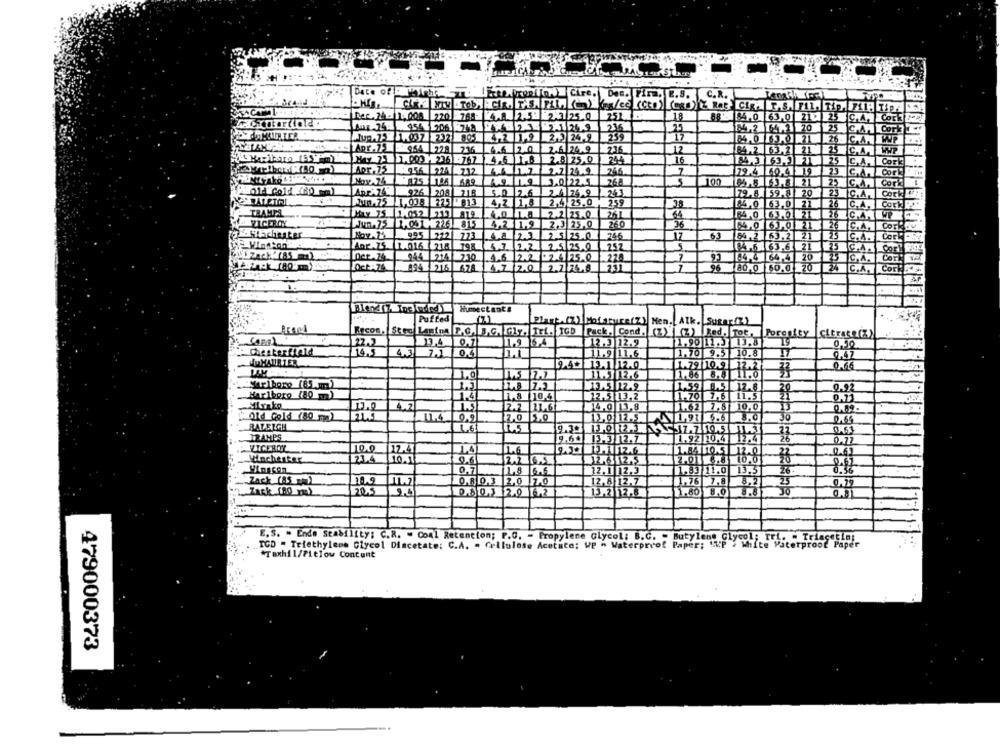
ronin Cire. Des. Fin. E.S. C.R.
Dec. 24- 11,008
220 -788-
4.8. 2.53 2-3 25.0
251
18
88 - 84.0 63.0 21
S.A. COE
95
$1.06 -742
126.9
235
UNTER
42 19
2.3 24.9
239
17
54.0 13.0 21
CAW
964 228
216
4.6 2.0
2.6
235
12
84.2 63,2 2
4.6 1.8
Hay 25 1. 003 - 236 -767
2.8 25.0
244
16
c.A.
Co
Apr.75
956 224
712
44_12
2.2.24.9
746
COL
79.4 60.4 19
268
3.0 22.5.
C.A
014 Gold (80 mm)
208
5.0 2.6
2.4 24 9
243
79.8 59.8| 20
25
IC.A
1.75
.038
4,2 1,8
2,4 25.0
259
Cor
TRAMPS
4.0 63.0 21
26
May 75 1.052
211
4.0 1.4
2.2 25.0
14.0 63.01 21
WP
VICEROY
Jun.75
1,051 226
815
4,2 1,9
2.3 25.0
260
36
[4.0 63.0 21
26
C.A
Co
995 222|
773
4.8 2.3 2.5 25.0
74.6
17
63
54,2 63.2 21
25
IC.A.
Co
ARE.75
1.016 218 798
4.1 1.2 2.5 25 Q
252
5
(4,6 63.6 21
C.A.
944 214730
.4.6 2.2 . 2.4 25.0
.224
93 94.4 64 4 20
C.A.
Ca
834 216 676 4.7 2.0 2.774.8
180.0 60.0 20
C.A.
Com
Humectante
Puffed
Plant. (7) Moisture(Z) Men.
Alk. Sugar (2)
Stro Lasina P.C. B.G. G1 . Tri. TGD
Pack, Cond. (2) (Z) Bed, Tot.Poresity
Citrate
22.2
33.4
0.71
1.9 6.4
12.3 12.9
1.90 11 .3 13.8
0,50
14.5
4,3
11.9 11.6
1.70 9.5 10.8
17
duMAURIER
9.4+ 3.1 12.0
1.79 10.9 12.2
0.66
1,0
31.3 12.6
11.86
1.5
13.5 12.
17.6
.20
0.92
Marlboro (80 )
1.4
1.8
110.4
12.51
3.2
1.70
7.6
11.5
21
4,2
11.62
7.81
10.0
2.2 11.6
14.0 13.8
0.82
Old Gold (80 )
7.0 5.0
3,0 12.5
3.0
0.66
RALEIGH
9.30
0,61
IRAMPS
0.60
13.3 12.7
1.92 10.4
0.72
10.0
12.4
14.6
1.84 10.5
123.4
10.0
0.61
Manchester
10.1
38
Minscon
0.7
6.6
12.1 12.3
1.83 11.0
13.3
26.
Zack (85 a)
11.72
0.8 0.3 2,0 7.0
2.8 12.7
1.76
7.8
8.2
25
0.12
20.5
0.8 0.3 2.0 1.2
13.2 12.8
1.80
8.0
JO
E.S. - Endo Stability: C.R. " Conl Retention; P.G. - Propylene Glycol; B.G. - Butylene Glycol; Tri. . Triacet
ICD - Tetethylene Glycol Diacetate: C.A. . Cellulose Acetate; UP " Waterproof Paper; SUP > Wifte Paterproof P
*Taxhil/Pielow Concont
479000373